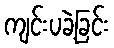
ကျင်းပခဲ့ခြင်း